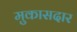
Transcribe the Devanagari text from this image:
मुकासदार